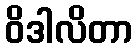
ဝိဒါလိတာ